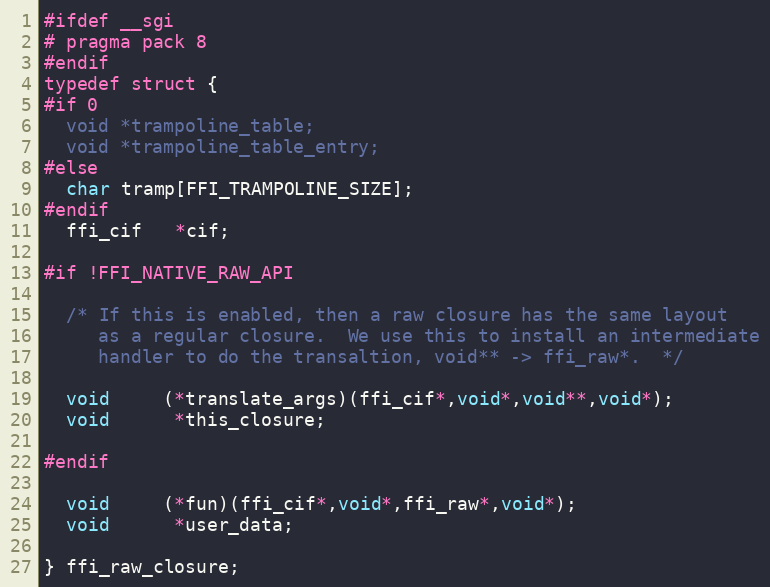
Language: C
#ifdef __sgi
# pragma pack 8
#endif
typedef struct {
#if 0
  void *trampoline_table;
  void *trampoline_table_entry;
#else
  char tramp[FFI_TRAMPOLINE_SIZE];
#endif
  ffi_cif   *cif;

#if !FFI_NATIVE_RAW_API

  /* If this is enabled, then a raw closure has the same layout
     as a regular closure.  We use this to install an intermediate
     handler to do the transaltion, void** -> ffi_raw*.  */

  void     (*translate_args)(ffi_cif*,void*,void**,void*);
  void      *this_closure;

#endif

  void     (*fun)(ffi_cif*,void*,ffi_raw*,void*);
  void      *user_data;

} ffi_raw_closure;